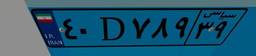
۷۶D۱۱۹۴۹